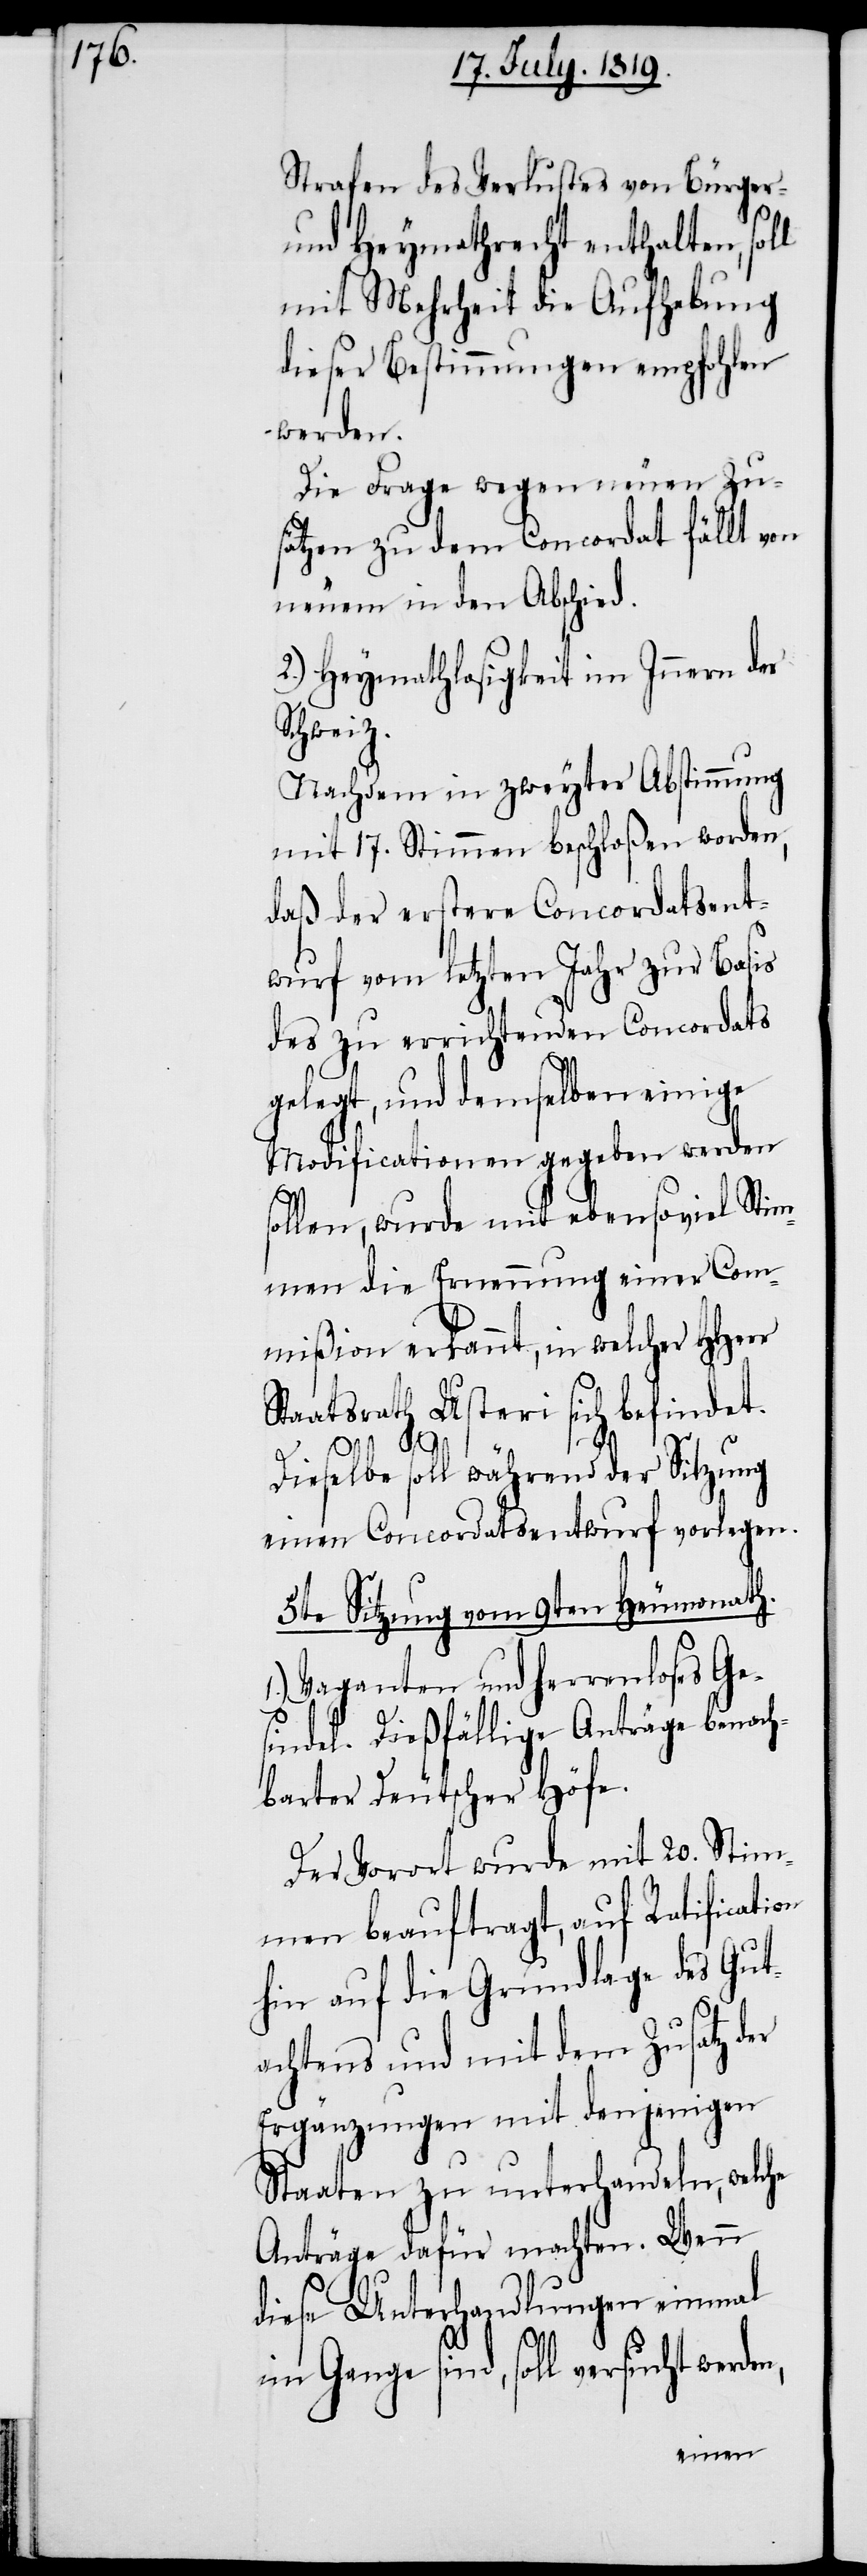
Strafen des Verlustes von Bürger-
und Heymathrecht enthalten, soll
mit Mehrheit die Aufhebung
dieser Bestimmungen empfohlen
rden,
Die Frage wegen neuen Zu¬
sätzen zu dem Concordat fällt von
neuem in den Abschied.
2.) Heymathlosigkeit im Innern der
Schweiz.
Nachdem in zweyter Abstimmung
mit 17. Stimmen beschloßen worden,
daß der erstere Concordatsent¬
wurf vom letzten Jahr zur Basis
des zu errichtenden Concordats
gelegt, und demselben einige
Modificationen gegeben werden
sollen, wurde mit ebensoviel Stim¬
men die Ernennung einer Com¬
mißion erkannt, in welcher HHerr
Staatrath Usteri sich befindet.
Dieselbe soll während der Sitzung
einen Concordatsentwurf vorlegen.
5te Sitzung vom 9ten Heumonath.
Vaganten und herrenloses Ge¬
sindel. Dießfällige Anträge benach¬
barter Deutscher Höfe.
Der Vorort wurde mit 20. Stim¬
men beauftragt, auf Ratification
hin auf die Grundlage des Gut¬
achtens und mit dem Zusatz der
Ergänzungen mit denjenigen
Staaten zu unterhandeln, welche
Anträge dafür machten. Wenn
diese Unterhandlungen einmal
im Gange sind, soll versucht we¬